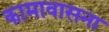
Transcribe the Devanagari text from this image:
कामावासना